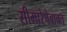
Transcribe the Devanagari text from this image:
सीमारेषेबाबत